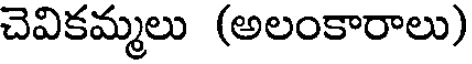
చెవికమ్మలు (అలంకారాలు)